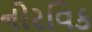
નોરવિક